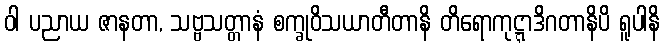
ဝါ ပညာယ ဇာနတာ, သဗ္ဗသတ္တာနံ စက္ခုဝိသယာတီတာနိ တိရောကုဋ္ဋာဒိဂတာနိပိ ရူပါနိ